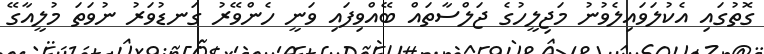
ގޮތުގައި އެކުލަވައިލެވުނު މަޖިލީހުގެ ޖަލްސާތައް ބޭއްވިފައި ވަނީ ހެންވޭރު ގަނޑުވަރު ނުވަތަ މުލީއާގޭ